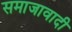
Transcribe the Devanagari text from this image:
समाजावादी